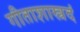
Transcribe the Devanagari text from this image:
गीताशास्त्रदं